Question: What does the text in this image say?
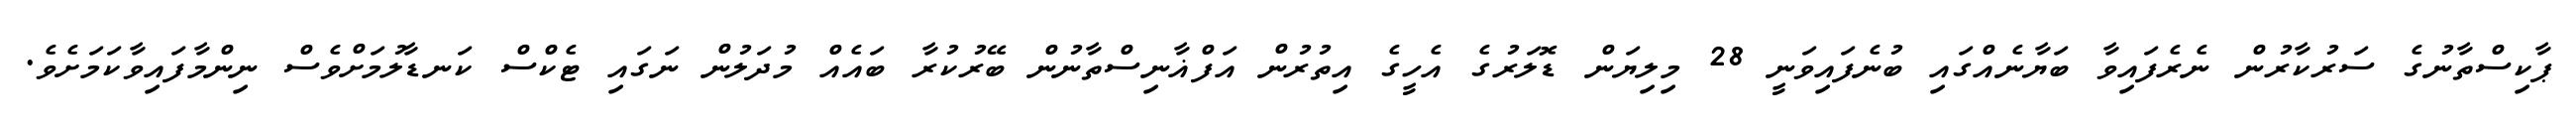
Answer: ޕާކިސްތާނުގެ ސަރުކާރުން ނެރެފައިވާ ބަޔާނެއްގައި ބުނެފައިވަނީ 28 މިލިޔަން ޑޮލަރުގެ އެހީގެ އިތުރުން އަފްޣާނިސްތާނުން ބޭރުކުރާ ބައެއް މުދަލުން ނަގައި ޓެކްސް ކަނޑާލުމަށްވެސް ނިންމާފައިވާކަމަށެވެ.